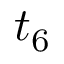
t _ { 6 }